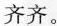
齐齐。